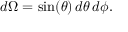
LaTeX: d \Omega = \sin ( \theta ) \, d \theta \, d \phi .